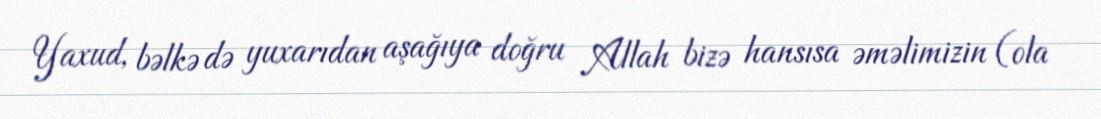
Yaxud, bəlkə də yuxarıdan aşağıya doğru Allah bizə hansısa əməlimizin (ola